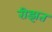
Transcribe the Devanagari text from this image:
रीझत